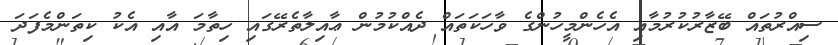
ސިއްރުތައް ބޭޒާރުކުރުމާއި އެހެންމީހުންގެ ވާހަކަތައް ދެއްކުމުން ޢާއިލާތެރޭގައި ހިތާމަ އާއި އެކު ކިތަންމެފަދަ